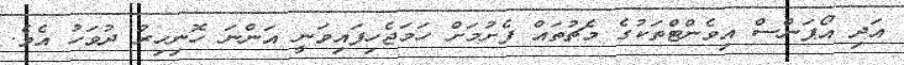
އަދި އޯޕަންސް އިވެންޓްތަކުގެ މެޗުތައް ފެށުމަށް ހަމަޖެހިފައިވަނީ އަންނަ ހޮނިހިރު ދުވަހު އެވެ.